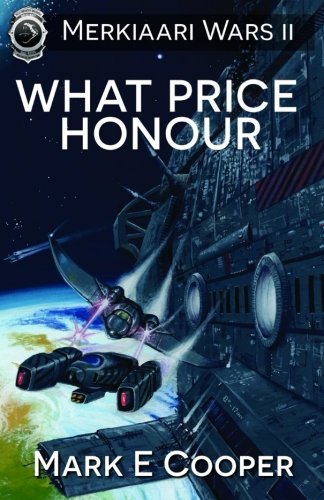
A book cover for What Price Honour: Merkiaari Wars (Volume 2); Mark E Cooper; Science Fiction & Fantasy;